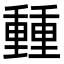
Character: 𨤶